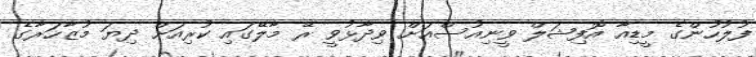
ފުލުހުންގެ މީޑިއާ އޮފިޝަލް ވީނިއުސްއަށް ވިދާޅުވީ ރޭ މާލޭގައި ކުރިއަށް ދިޔަ މުޒާހަރާގެ